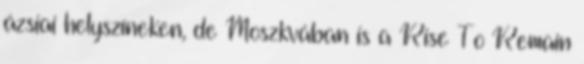
ázsiai helyszí­neken, de Moszkvában is a Rise To Remain